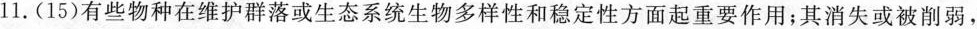
11.（15）有些物种在维护群落或生态系统生物多样性和稳定性方面起重要作用；其消失或被削弱，